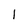
Character: l